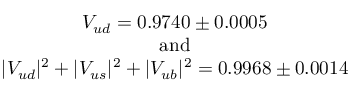
\begin{array} { c } { { V _ { u d } = 0 . 9 7 4 0 \pm 0 . 0 0 0 5 } } \\ { { \mathrm { a n d } } } \\ { { | V _ { u d } | ^ { 2 } + | V _ { u s } | ^ { 2 } + | V _ { u b } | ^ { 2 } = 0 . 9 9 6 8 \pm 0 . 0 0 1 4 } } \end{array}